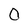
Character: 0